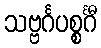
သဗ္ဗင်္ဂပစ္စင်္ဂီ